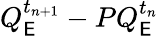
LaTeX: Q_{\mathsf{E}}^{t_{n+1}}-PQ_{\mathsf{E}}^{t_{n}}